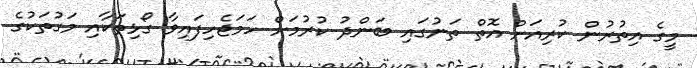
މީގެ އިތުރުން ކުރިއަށް އޮތް ތަނުގައި ބަންދު ކުރުމަށް ހަމަޖެހިފައިވާ ގޯޅިތަކާއި މަގުތަކުގެ